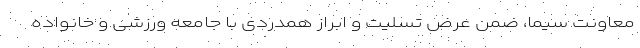
معاونت سیما، ضمن عرض تسلیت و ابراز همدردی با جامعه ورزشی و خانواده